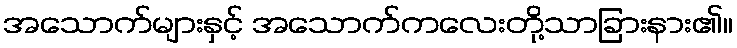
အသောက်များနှင့် အသောက်ကလေးတို့သာခြားနား၏။